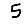
Digit: 5